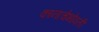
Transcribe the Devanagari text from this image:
कानाचेभोवती